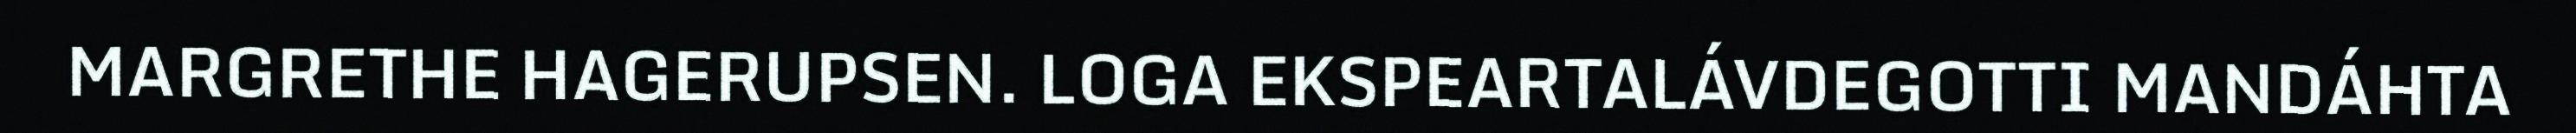
MARGRETHE HAGERUPSEN. LOGA EKSPEARTALÁVDEGOTTI MANDÁHTA